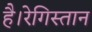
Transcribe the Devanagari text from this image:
है।रेगिस्तान